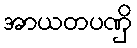
အာယတပဏှိ